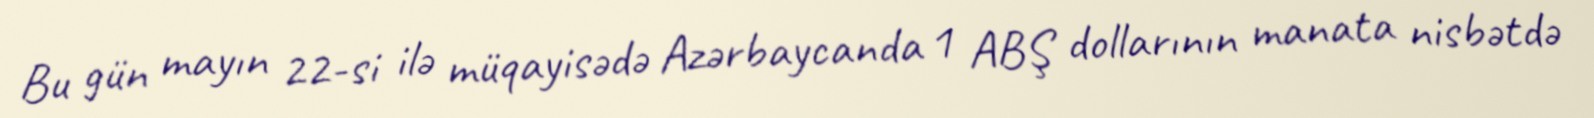
Bu gün mayın 22-si ilə müqayisədə Azərbaycanda 1 ABŞ dollarının manata nisbətdə